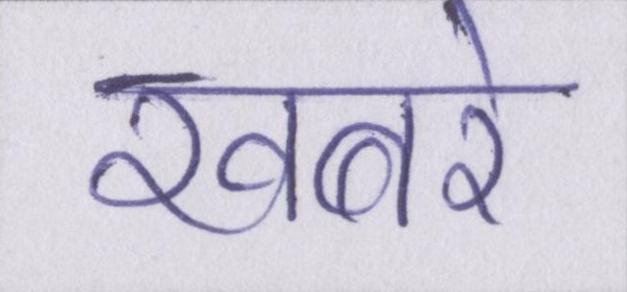
खबरे